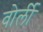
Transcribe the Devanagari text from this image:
वोर्ली